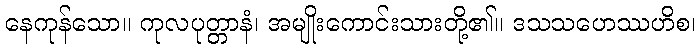
နေကုန်သော။ ကုလပုတ္တာနံ၊ အမျိုးကောင်းသားတို့၏။ ဒသသဟေဿဟိစ၊